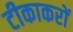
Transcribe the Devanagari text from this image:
टीकाकरों